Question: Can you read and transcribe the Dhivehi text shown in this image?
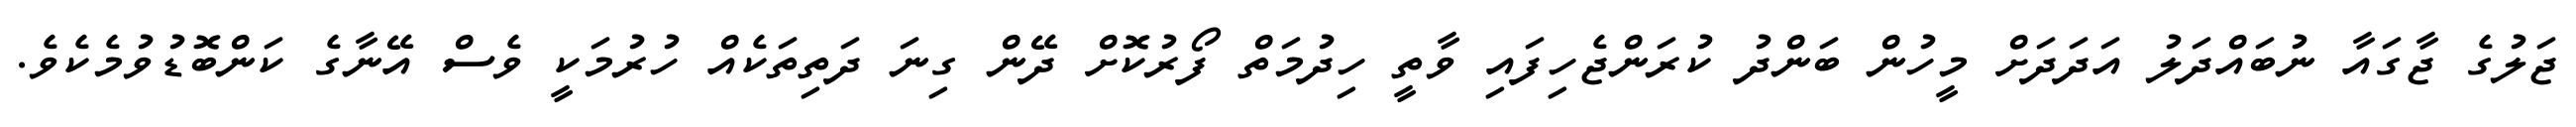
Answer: ޖަލުގެ ޖާގައާ ނުބައްދަލު އަދަދަށް މީހުން ބަންދު ކުރަންޖެހިފައި ވާތީ ހިދުމަތް ފޯރުކޮށް ދޭން ގިނަ ދަތިތަކެއް ހުރުމަކީ ވެސް އޭނާގެ ކަންބޮޑުވުމެކެވެ.